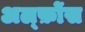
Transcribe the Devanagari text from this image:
अल्फ़ोंस